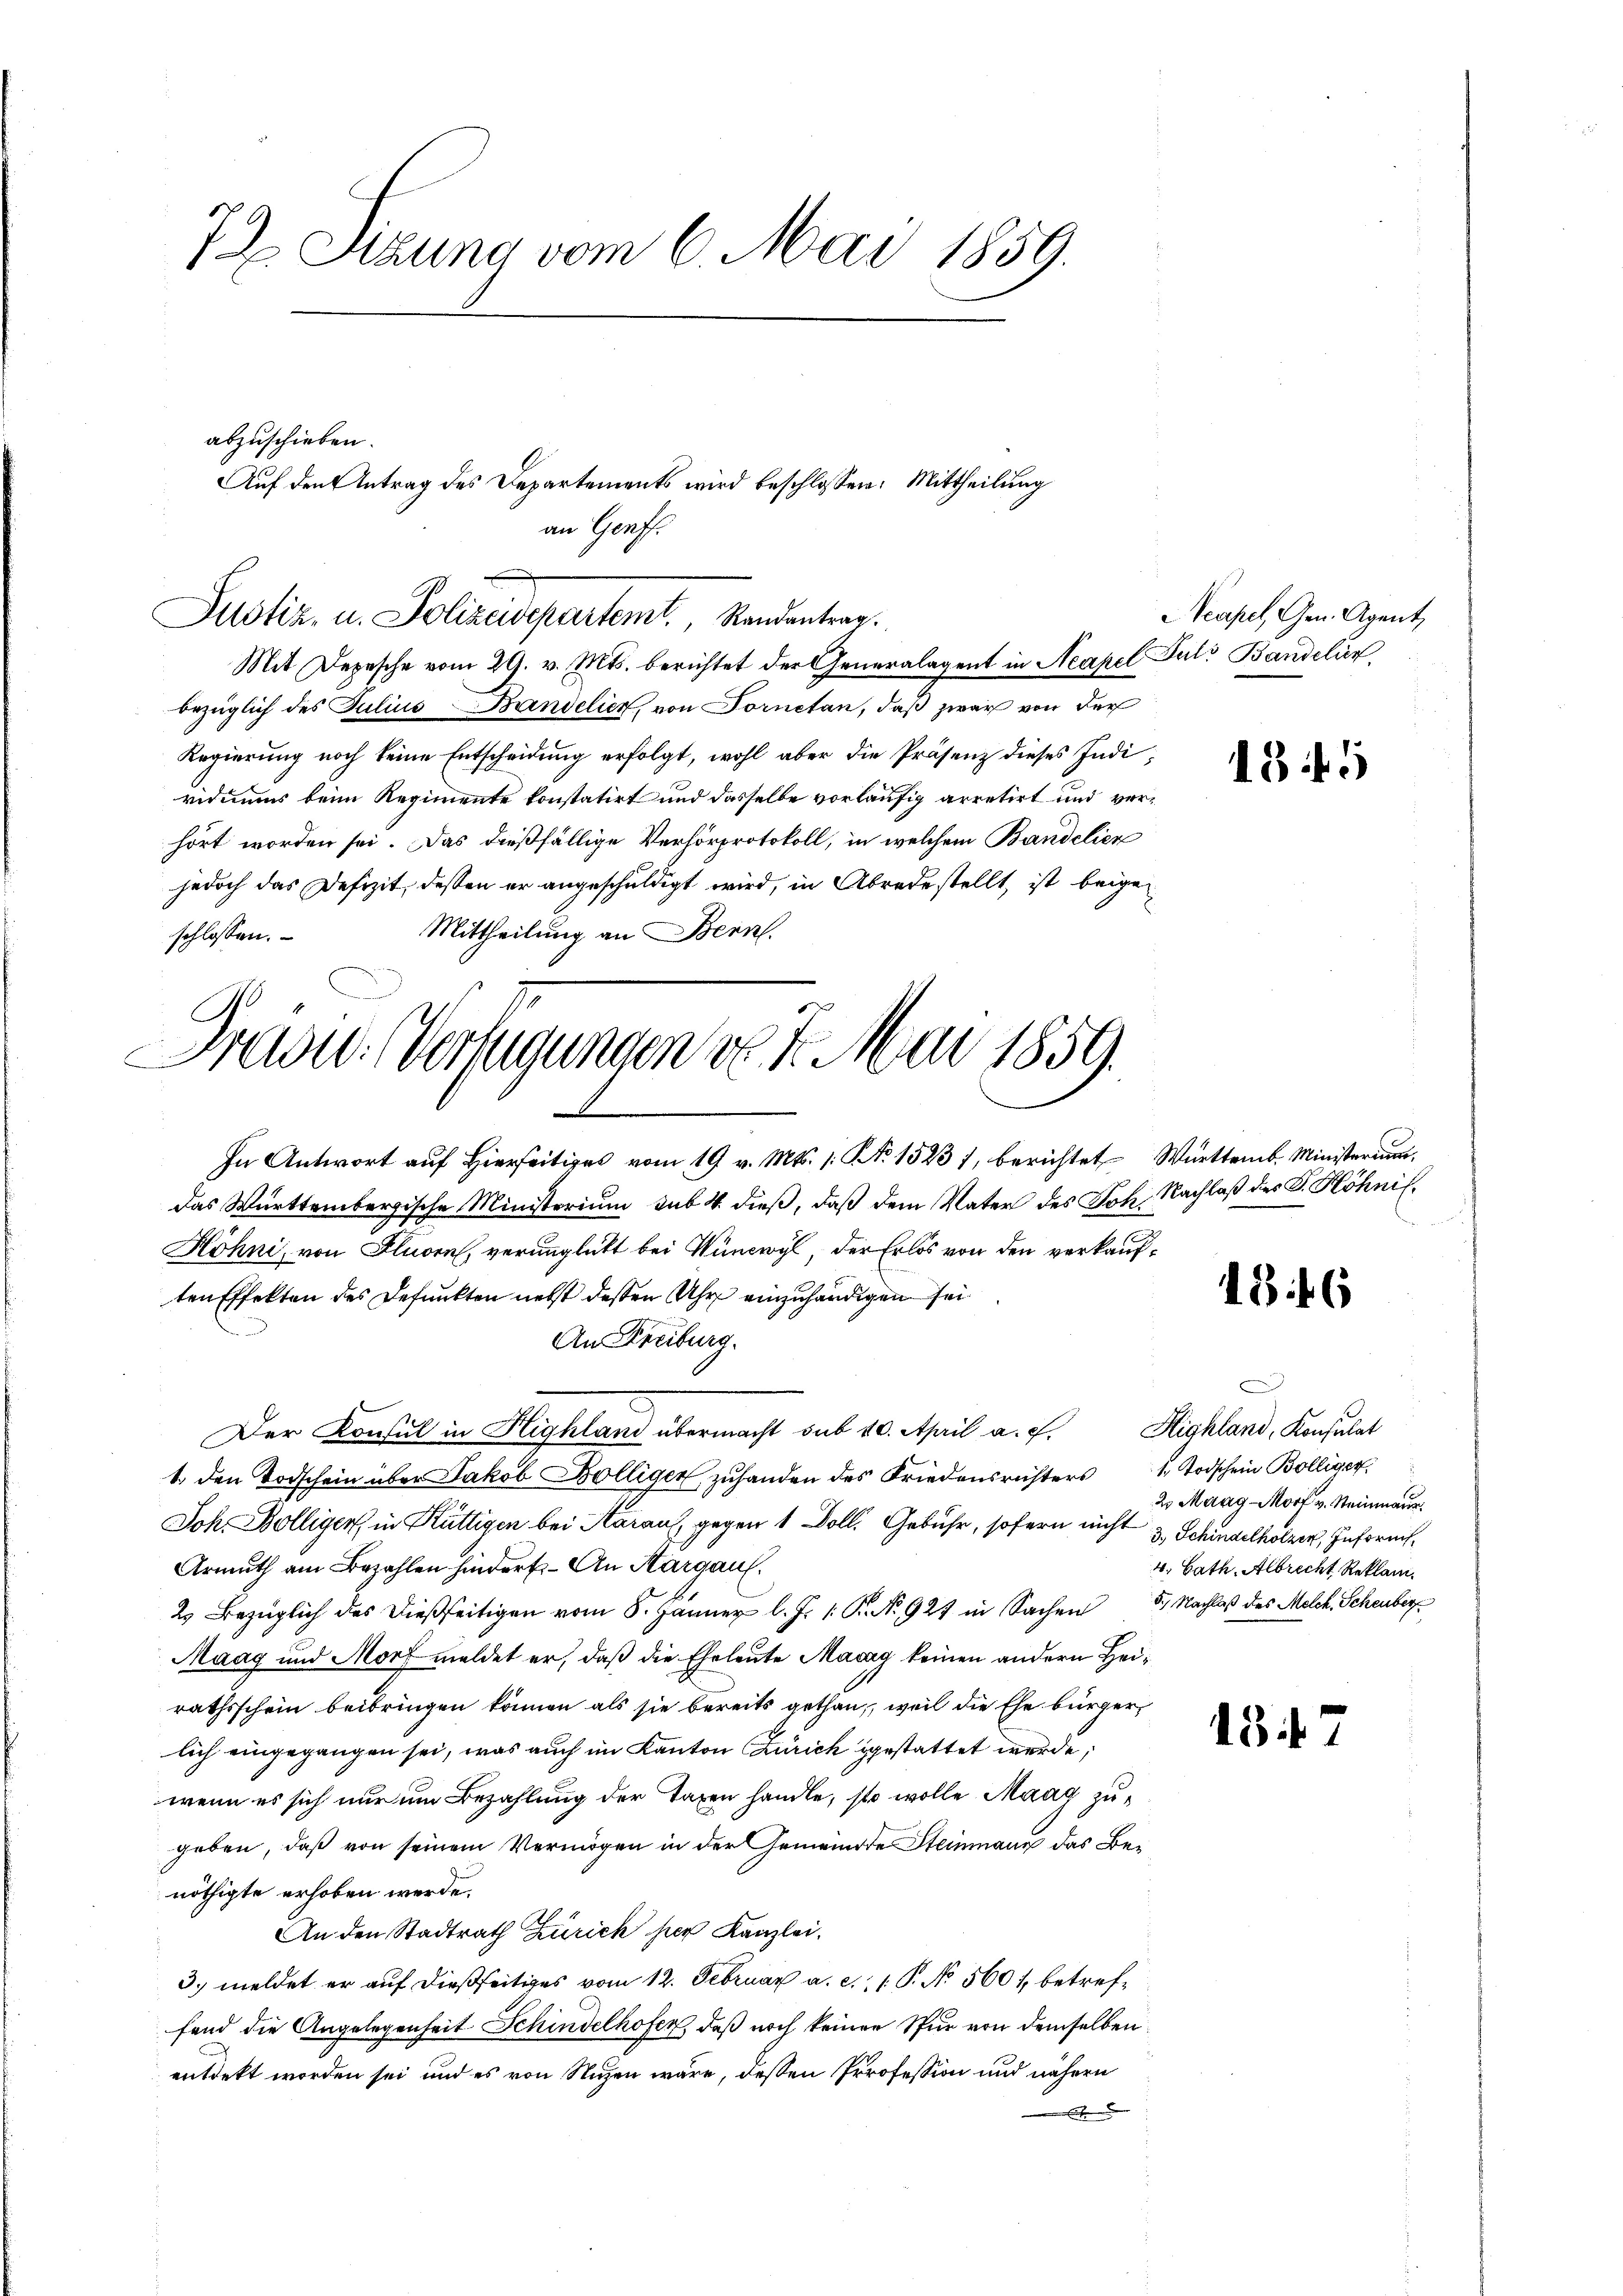
72. Sitzung vom 6. Mai 1859.

abzuschieben.
Auf den Antrag des Departements wird beschlossen: Mittheilung

an Genf.
Justiz, u. Polizeidepartemt. Mandantrag.

Mit Depesche vom 29. v. Mts. berichtet der Generalagent in Neapel Puls Bandelin,
bezüglich des Julius Bandelier, von Fornetan, daß zwar von der
Regierung noch keine Entscheidung erfolgt, wohl aber die Präsenz dieses Individiums beim Regimente konstatirt und dasselbe vorläufig arretirt und verhört worden sei. Das dießfällige Verhörprotokoll, in welchem Bandelien
jedoch das Defizit, dessen er angeschuldigt wird, in Abrede stellt, ist beige
Mittheilung an Bern.
schlossen.

Grade. (Verlegungen de 4. Mai 1859.

In Antwort auf hierseit vom 19 v. Mts. 1. No 1523, berichtet Württemb. Ministerium
das Württembergische Ministerium sub. 4. dieß, daß dem Vater des Joh. Nachlaß des P. Höhnis.
Höhni, von Fluorn, verunglückt bei Wüncwyl, der Erlös von den verkauften Effekten des Defunkten nebst dessen Uhr einzuhändigen sei
An Freiburg.
Der Konsul in Highland übermacht sub 10. April a. f. Highland, Konsulat
1. den Todschein über Jakob Bölliger zuhanden des Friedensrichters Todschein Bolliger
Joh. Bölliger, in Rüttigen bei Aaraus, gegen 1 Doll. Gebühr, sofern nicht & Schmackholzer, Inform
Armuth am Bezahlen hindert.- An Margau.
2. Bezüglich des dießseitigen vom 8. Jänner l. J. 1. P. No. 927 in Sachen 3. Nachlaß des Melch. Schenber
Maag und Morf meldet er, daß die Eheleute Macag keinen andern Heirathsschein beibringen können als sie bereits gethan, weil die Ehe bürger
lich eingegangen sei, was auch im Kanton Zürich gestattet werde;
wenn es sich nur um Bezahlung der Taxen handle, sto wolle Maag zugeben, daß von seinem Vermögen in der Gemeinde Steinmann das Benöthigte erhoben werde.
An den Stadtrath Zürich per Kanzlei.
3. meldet er auf dießseitiges vom 12. Februar a. c. 1 P. No 5601, betreffend die Angelegenheit Schindelhofen, daß noch keinen Spur von demselben
entdekt worden sei und es von Stizen wäre, dessen Profession und nähern

Acapel, Gen. Agent,

1345

1846

e
23 Maag - Morf v. Steinmaur
4. Hath. Albrecht Reklam

1347